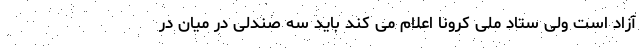
آزاد است ولی ستاد ملی کرونا اعلام می کند باید سه صندلی در میان در